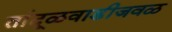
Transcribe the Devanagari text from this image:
तांदूळवाडीजवळ